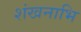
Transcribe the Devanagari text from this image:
शंखनाभि